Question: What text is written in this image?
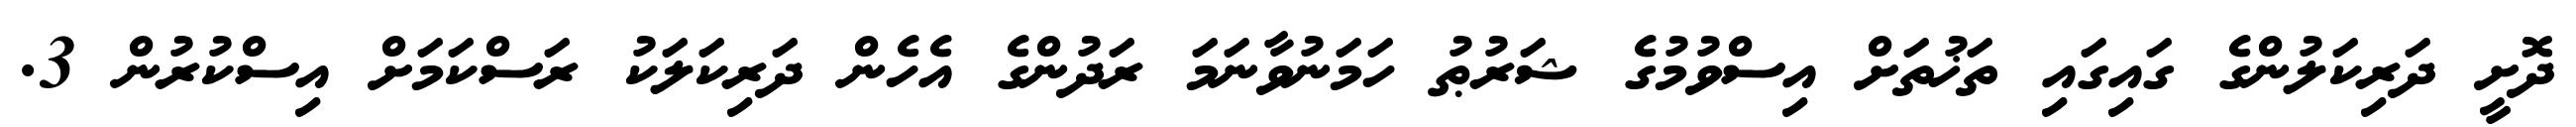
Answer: ދޮށީ ދަރިކަލުންގެ ގައިގައި ތަޚުތަށް އިސްވުމުގެ ޝަރުޠު ހަމަނުވާނަމަ ރަދުންގެ އެހެން ދަރިކަލަކު ރަސްކަމަށް އިސްކުރުން 3.